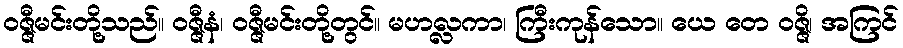
ဝဇ္ဇီမင်းတို့သည်။ ဝဇ္ဇီနံ၊ ဝဇ္ဇီမင်းတို့တွင်။ မဟလ္လကာ၊ ကြီးကုန်သော။ ယေ တေ ဝဇ္ဇိ၊ အကြင်